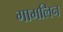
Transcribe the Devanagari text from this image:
गामलिन